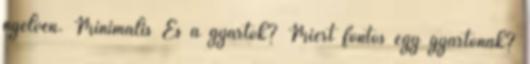
nyelven. Minimális És a gyártók? Miért fontos egy gyártónak?